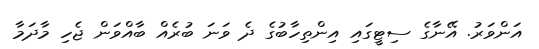
އަންވަރު. އޭނާގެ ސިޓީގައި އިންތިހާބުގެ ދެ ވަނަ ބުރެއް ބާއްވަން ޖެހި މާދަމާ